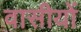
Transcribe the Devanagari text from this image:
वासीयों